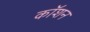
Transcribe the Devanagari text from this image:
कॉशन